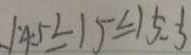
1 4 . 5 \leq 1 5 \leq 1 5 . 5